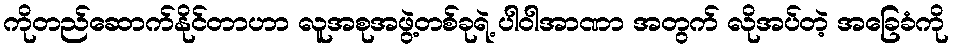
ကိုတည်ဆောက်နိုင်တာဟာ လူအစုအဖွဲ့တစ်ခုရဲ့ ပါဝါအာဏာ အတွက် လိုအပ်တဲ့ အခြေခံကို